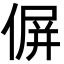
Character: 偋